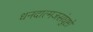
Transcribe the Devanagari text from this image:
धनदात्मजसंघुष्टो